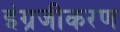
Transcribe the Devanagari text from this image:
इंग्रजीकरण